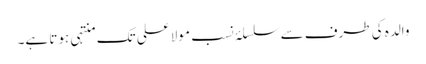
والدہ کی طرف سے سلسلۂ نسب مولا علی تک منتہی ہوتا ہے۔